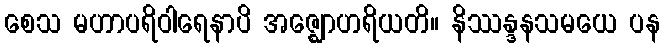
စေသ မဟာပရိဝါရေနာပိ အဇ္ဈောဟရိယတိ။ နိဿန္ဒနသမယေ ပန